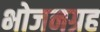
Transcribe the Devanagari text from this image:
भोजनग्रह